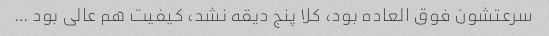
سرعتشون فوق العاده بود، کلا پنج دیقه نشد، کیفیت هم عالی بود …